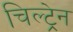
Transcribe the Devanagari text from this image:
चिल्ट्रेन